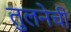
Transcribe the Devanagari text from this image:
तुलनेची